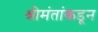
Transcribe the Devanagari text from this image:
श्रीमंतांकडून